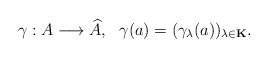
\begin{align*}\gamma:A\longrightarrow \widehat{A},\ \ \gamma(a)=(\gamma_\lambda(a))_{\lambda\in{\bf K}}.\end{align*}